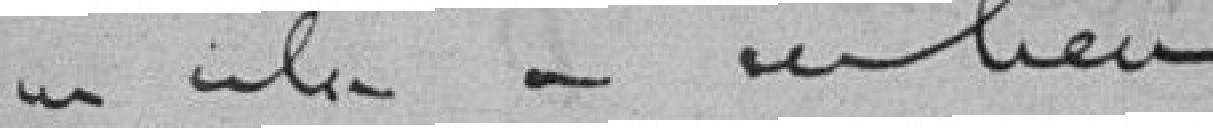
qui selon